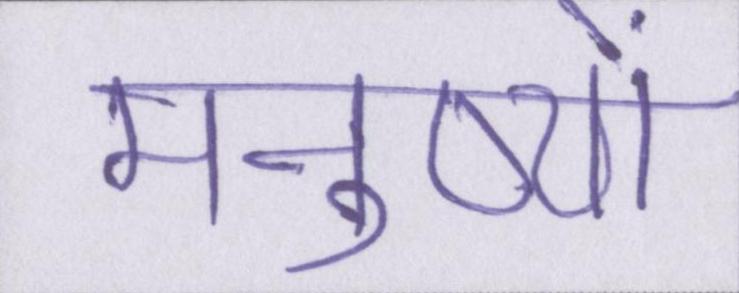
मनुष्यों